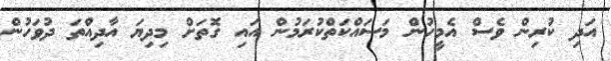
އަދި ކުރިން ވެސް އެމީހުން މަސައްކަތްކުރަމުން އައި ގޮތަށް މިދިޔަ އާދިއްތަ ދުވަހުން